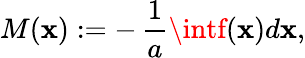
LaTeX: M(\mathbf{x}):=-\, {\frac{{1}}{{a}}}\intf(\mathbf{x})d\mathbf{x},